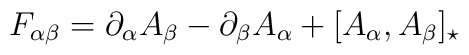
F_{\alpha\beta}=\partial_\alpha A_\beta -\partial_\beta A_\alpha+[A_\alpha,A_\beta]_\star